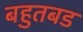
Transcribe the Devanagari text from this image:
बहुतबड